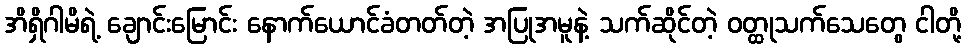
အိရှိဂါမိရဲ့ ချောင်းမြောင်း နောက်ယောင်ခံတတ်တဲ့ အပြုအမူနဲ့ သက်ဆိုင်တဲ့ ဝတ္ထုသက်သေတွေ ငါတို့